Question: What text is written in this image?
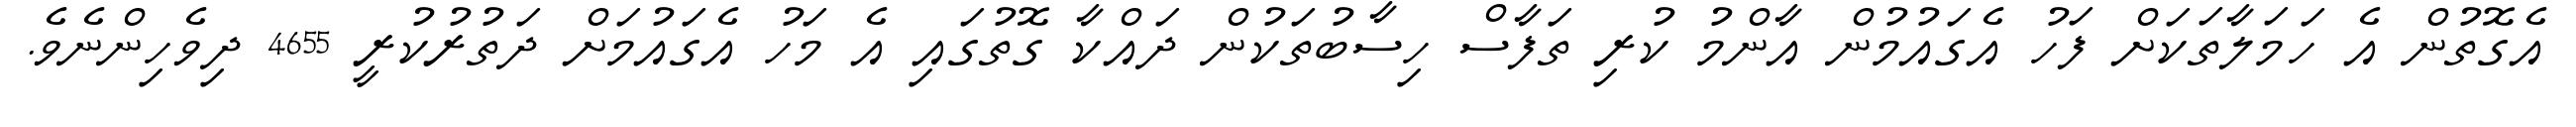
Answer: އެގޮތުން އެ ހަމަލާތަކަށް ފަހު އެގައުމުން އާންމު ކުރި ތަފާސް ހިސާބުތަކުން ދައްކާ ގޮތުގައި އެ މަހު އެގައުމަށް ދަތުރުކުރީ 4655 ދިވެހިންނެވެ.